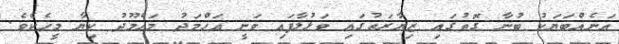
އަނެއްބަޔަކު ބުނާ ގޮތުގައި ޒިޔާރަތުގައި ވަޅުލާފައި ވަނީ އަހްމަދު މަހްމޫދު ކިޔާ މީހެކެވެ.